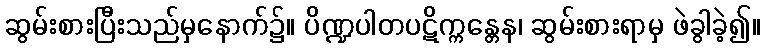
ဆွမ်းစားပြီးသည်မှနောက်၌။ ပိဏ္ဍပါတပဋိက္ကန္တေန၊ ဆွမ်းစားရာမှ ဖဲခွါခဲ့၍။